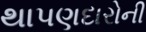
થાપણદારોની